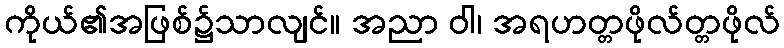
ကိုယ်၏အဖြစ်၌သာလျင်။ အညာ ဝါ၊ အရဟတ္တဖိုလ်တ္တဖိုလ်